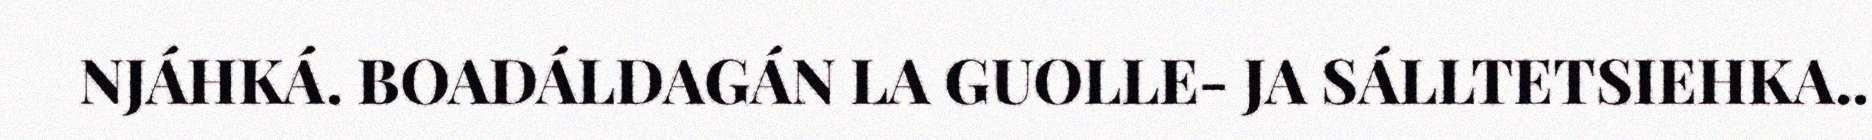
NJÁHKÁ. BOADÁLDAGÁN LA GUOLLE- JA SÁLLTETSIEHKA..